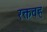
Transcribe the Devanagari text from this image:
रक्तवह